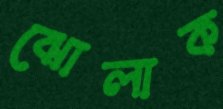
ঝোলাক